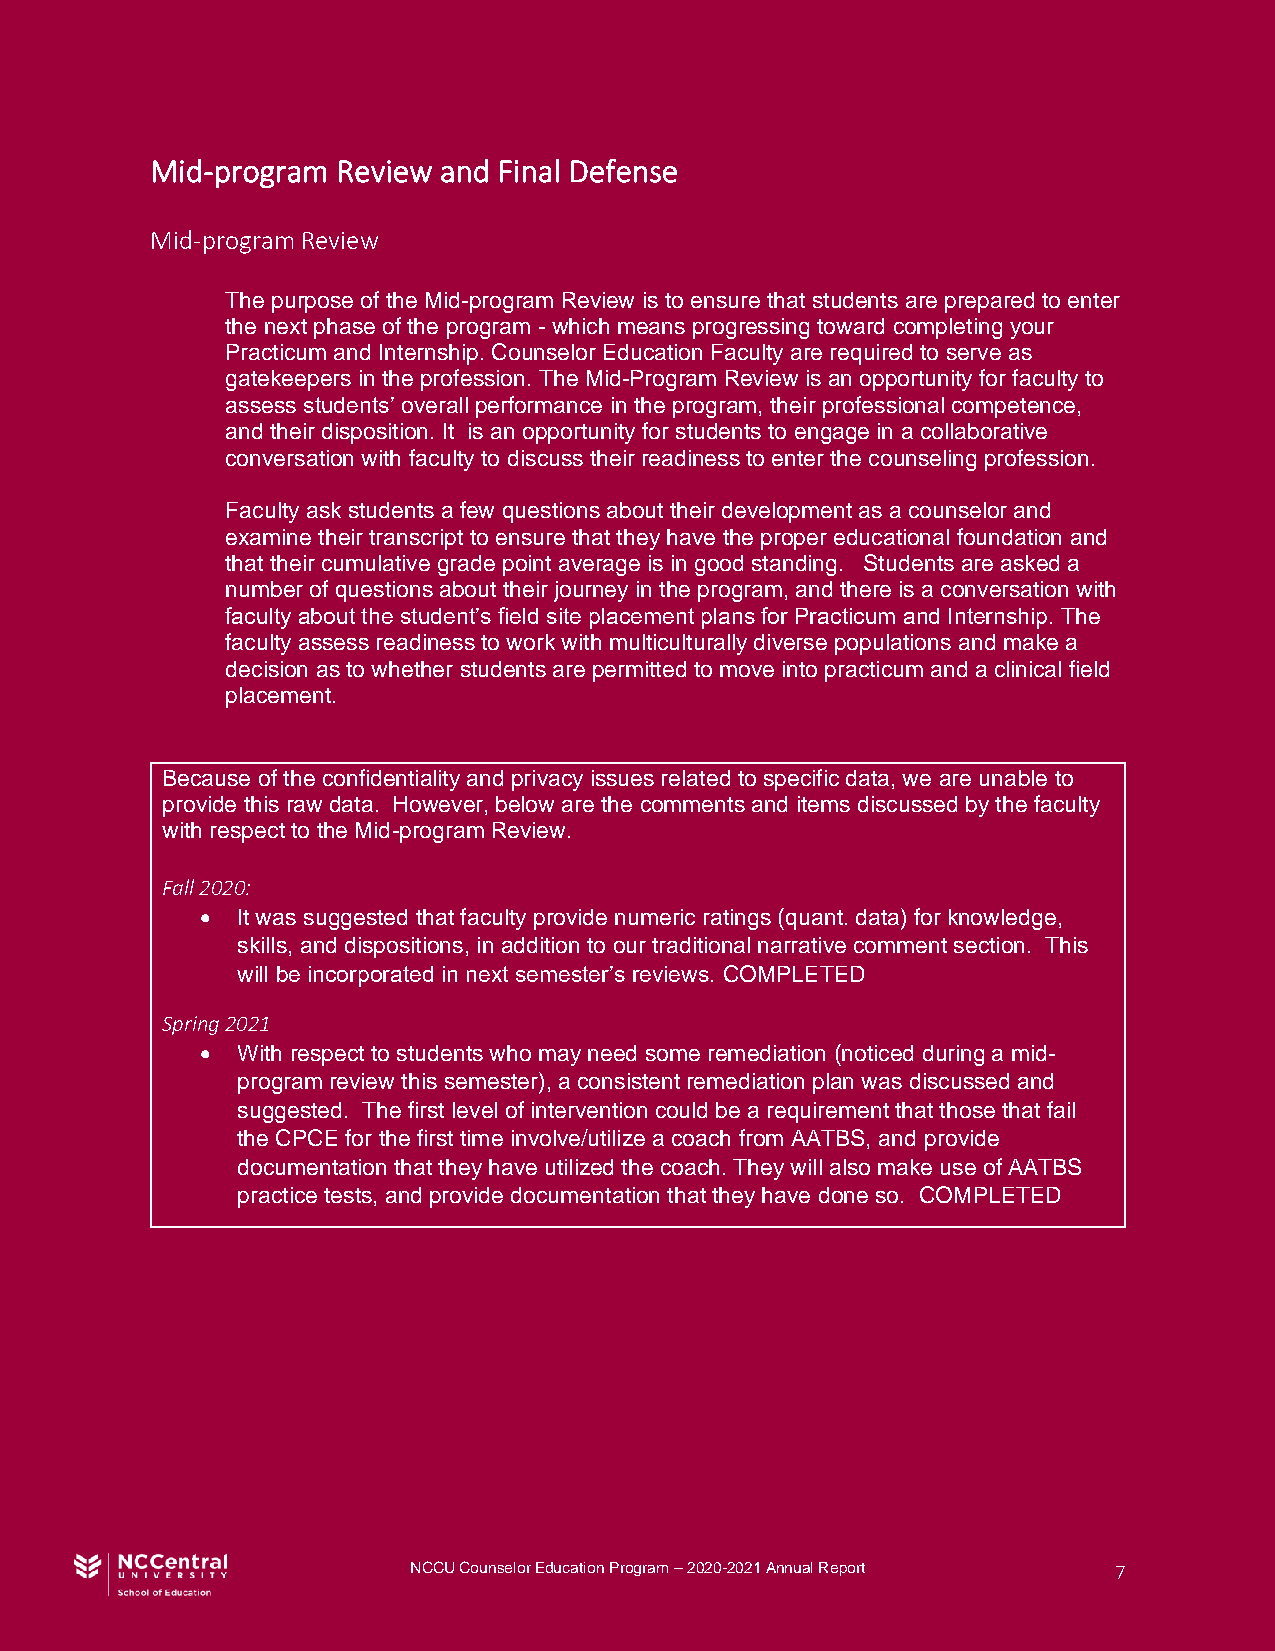
Mid-program Review and Final Defense
 Mid-program Review
 The purpose of the Mid-program Review is to ensure that students are prepared to enter
 the next phase of the program - which means progressing toward completing your
 Practicum and Internship. Counselor Education Faculty are required to serve as
 gatekeepers in the profession. The Mid-Program Review is an opportunity for faculty to
 assess students’ overall performance in the program, their professional competence,
 and their disposition. It is an opportunity for students to engage in a collaborative
 conversation with faculty to discuss their readiness to enter the counseling profession.
 Faculty ask students a few questions about their development as a counselor and
 examine their transcript to ensure that they have the proper educational foundation and
 that their cumulative grade point average is in good standing. Students are asked a
 number of questions about their journey in the program, and there is a conversation with
 faculty about the student’s field site placement plans for Practicum and Internship. The
 faculty assess readiness to work with multiculturally diverse populations and make a
 decision as to whether students are permitted to move into practicum and a clinical field
 placement.
 Because of the confidentiality and privacy issues related to specific data, we are unable to
 provide this raw data. However, below are the comments and items discussed by the faculty
 with respect to the Mid-program Review.
 Fall 2020:
 •  It was suggested that faculty provide numeric ratings (quant. data) for knowledge,
 skills, and dispositions, in addition to our traditional narrative comment section. This
 will be incorporated in next semester’s reviews. COMPLETED
 Spring 2021
 •  With respect to students who may need some remediation (noticed during a mid-
 program review this semester), a consistent remediation plan was discussed and
 suggested. The first level of intervention could be a requirement that those that fail
 the CPCE for the first time involve/utilize a coach from AATBS, and provide
 documentation that they have utilized the coach. They will also make use of AATBS
 practice tests, and provide documentation that they have done so. COMPLETED
 NCCU Counselor Education Program – 2020-2021 Annual Report 7